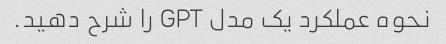
نحوه عملکرد یک مدل GPT را شرح دهید.